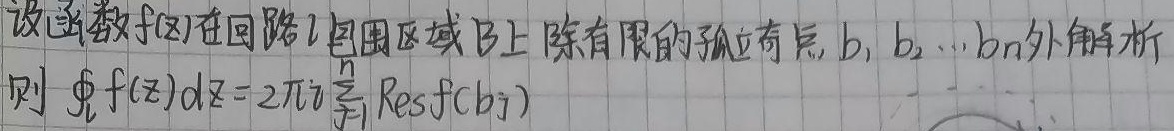
设函数\(f(z)\)在回路\(l\)包围区域\(B\)上除有限的孤立奇点\(b_1, b_2, \cdots, b_n\)外解析。则
\[\oint_{l} f(z) dz = 2\pi i \sum_{j = 1}^{n} \mathrm{Res}f(b_j)\]